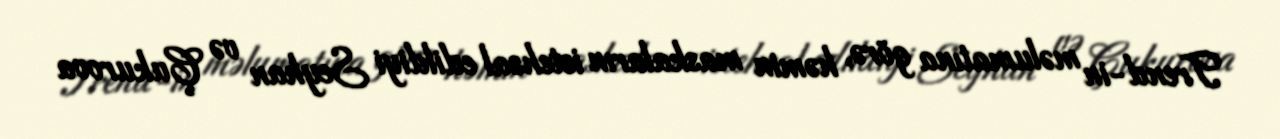
Trend-in məlumatına görə, həmin maskaların istehsal edildiyi Seyhan və Çukurova